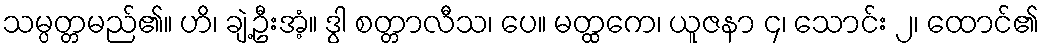
သမ္ပတ္တမည်၏။ ဟိ၊ ချဲ့ဦးအံ့။ ဒွါ စတ္တာလီသ၊ ပေ။ မတ္ထကေ၊ ယူဇနာ ၄၊ သောင်း ၂၊ ထောင်၏